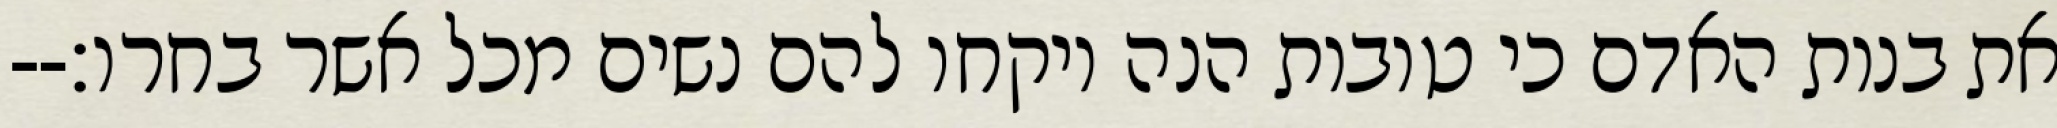
את בנות האדם כי טובות הנה ויקחו להם נשים מכל אשר בחרו׃--